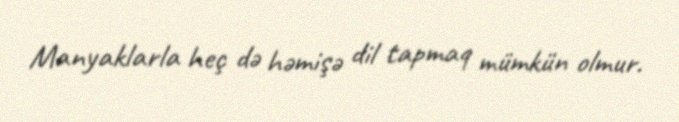
Manyaklarla heç də həmişə dil tapmaq mümkün olmur.